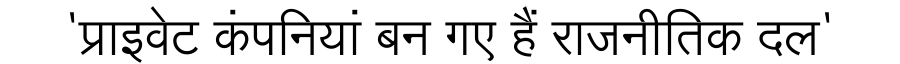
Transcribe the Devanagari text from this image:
'प्राइवेट कंपनियां बन गए हैं राजनीतिक दल'